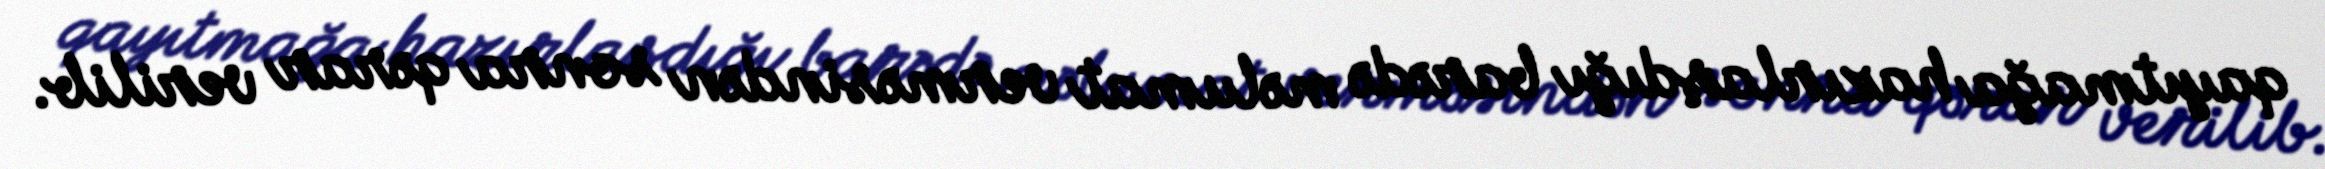
qayıtmağa hazırlaşdığı barədə məlumat verməsindən sonra qərar verilib.